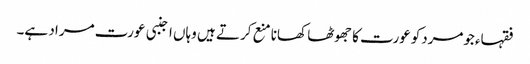
فقہاءجومردکوعورت کا جھوٹھا کھانا منع کرتے ہیں وہاں اجنبی عورت مراد ہے۔